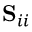
\mathbf { S } _ { i i }